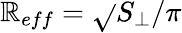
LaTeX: \mathbb{R}_{eff}=\sqrt{}{{S_{\perp}/\pi}}